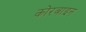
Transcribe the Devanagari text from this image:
कोरबाइन